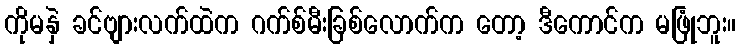
ကိုမနှဲ ခင်ဗျားလက်ထဲက ဂက်စ်မီးခြစ်လောက်က တော့ ဒီကောင်က မဖြုံဘူး။